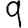
Digit: 9